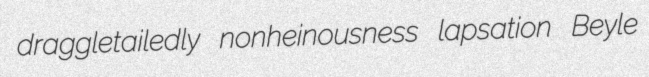
draggletailedly nonheinousness lapsation Beyle